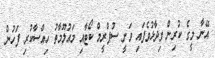
އޭނާ މީގެ ކުރިން ވިދާޅުވެފައި ވަނީ ސުޕްރީމް ކޯޓާއި މައުލޫމާތު ހިއްސާކުރި ފަހުން